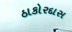
ઠાકોરદાસ